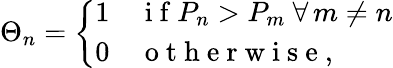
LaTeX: \Theta_{n}=\left\{ \begin{array}{ll}{1}&{\mathrm{~i~f~}P_{n}>P_{m}~\forall\, m\neq n}\\ {0}&{\mathrm{~o~t~h~e~r~w~i~s~e~},}\end{array}\right.